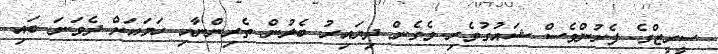
ސީރީޒްގެ ފެށުންވެސް ޝައުގުވެރި ވެގެން ދިޔައިރު ބެލުން ތެރިންނާއި ހަމައަށް ދެވަނަ ބައި